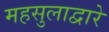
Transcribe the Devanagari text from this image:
महसुलाद्वारे